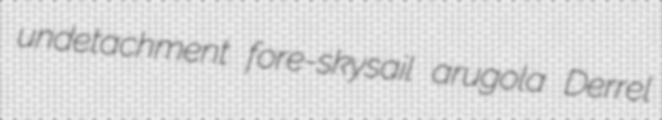
undetachment fore-skysail arugola Derrel